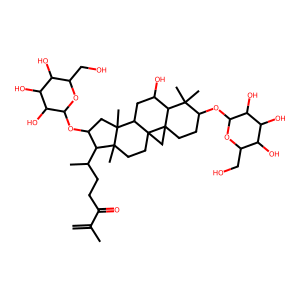
SMILES: C=C(C)C(=O)CCC(C)C1C(OC2OC(CO)C(O)C(O)C2O)CC2(C)C3CC(O)C4C(C)(C)C(OC5OC(CO)C(O)C(O)C5O)CCC45CC35CCC12C
Inhibits HIV replication: No